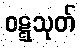
ဝဋ္ဋသုတ်